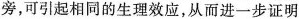
旁，可引起相同的生理效应，从而进一步证明